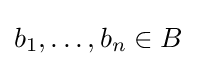
b_{1},\ldots ,b_{n}\in B